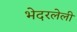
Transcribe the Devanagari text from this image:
भेदरलेली